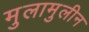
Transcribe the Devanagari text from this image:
मुलामुलीन